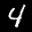
Label: 4